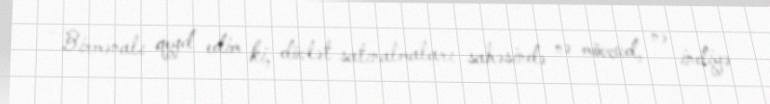
- Birmənalı qeyd edim ki, dövlət satınalmaları sahəsində nə mövcud, nə indiyə